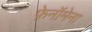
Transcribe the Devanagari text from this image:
फ़ेनॉमेना